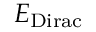
E _ { \mathrm { D i r a c } }